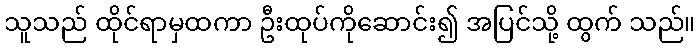
သူသည် ထိုင်ရာမှထကာ ဦးထုပ်ကိုဆောင်း၍ အပြင်သို့ ထွက် သည်။